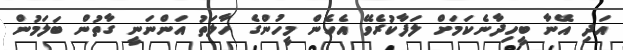
އަދި އޭނާ ބީހިދާނެކަމަށް ލަފާކުރެވޭ އެހެން މީހުންގެ ހާލަތު އަންނަނީ ގާތުން ބަލަމުން